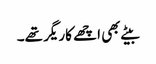
بیٹے بھی اچھے کاریگر تھے۔